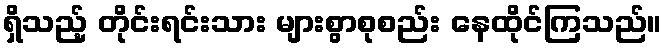
ရှိသည့် တိုင်းရင်းသား များစွာစုစည်း နေထိုင်ကြသည်။